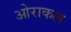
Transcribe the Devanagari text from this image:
ओराकल